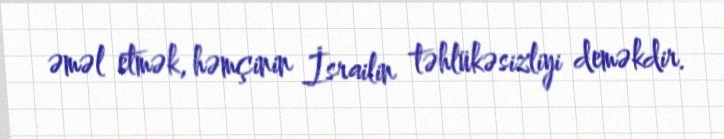
əməl etmək, həmçinin İsrailin təhlükəsizliyi deməkdir.